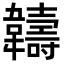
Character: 𬰯